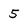
Character: 5